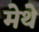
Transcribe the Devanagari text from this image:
मेथे